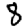
Digit: 8